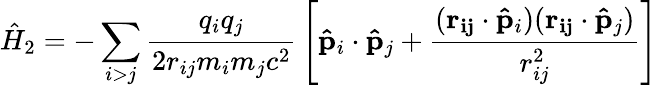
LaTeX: {\hat{H}}_{2}=-\sum_{i>j}{\frac{q_{i}q_{j}}{2r_{ij}m_{i}m_{j}c^{2}}}\left[\mathbf{\hat{p}}_{i}\cdot\mathbf{\hat{p}}_{j}+{\frac{(\mathbf{r_{ij}}\cdot\mathbf{\hat{p}}_{i})(\mathbf{r_{ij}}\cdot\mathbf{\hat{p}}_{j})}{r_{ij}^{2}}}\right]